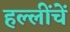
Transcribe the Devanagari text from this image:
हल्लींचें